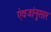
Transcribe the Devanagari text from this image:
ऐवजांनुसार